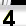
Digit: 3